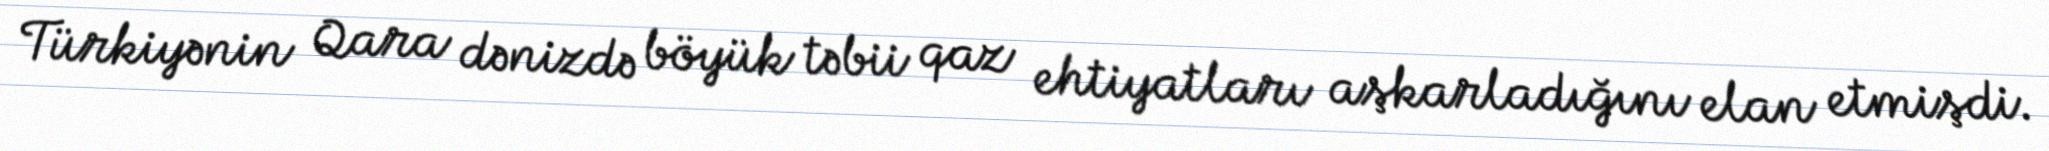
Türkiyənin Qara dənizdə böyük təbii qaz ehtiyatları aşkarladığını elan etmişdi.